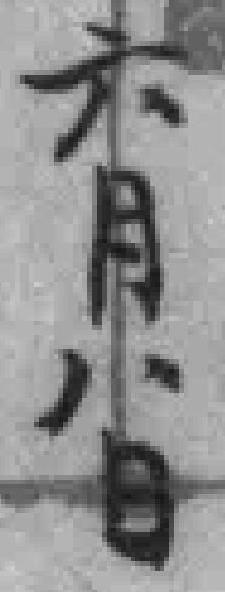
六月八日